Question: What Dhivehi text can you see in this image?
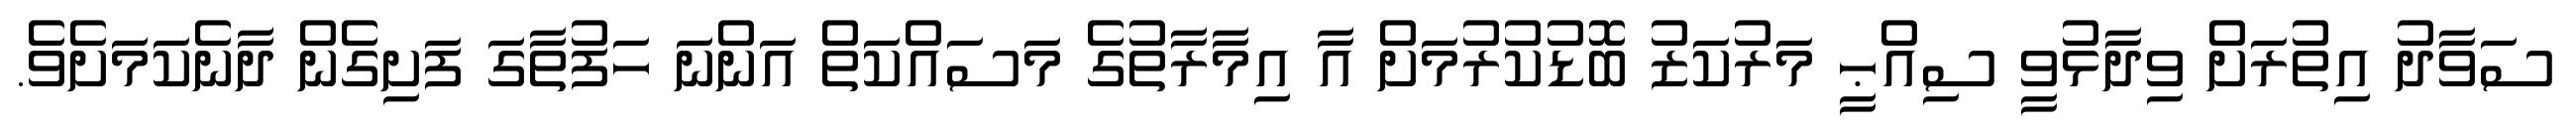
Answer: ސަވާދު އިތުރަށް ވިދާޅުވީ ސިއްޙީ މަރުކަޒު ބޮޑުކުރުމަށް އާ އިމާރާތުގެ މަސައްކަތް އަންނަ ހަފުތާގަ ފަށިގެން ދާނެކަމަށެވެ.